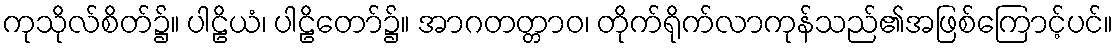
ကုသိုလ်စိတ်၌။ ပါဠိယံ၊ ပါဠိတော်၌။ အာဂတတ္တာဝ၊ တိုက်ရိုက်လာကုန်သည်၏အဖြစ်ကြောင့်ပင်။